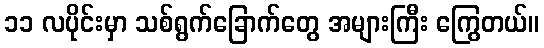
၁၁ လပိုင်းမှာ သစ်ရွက်ခြောက်တွေ အများကြီး ကြွေတယ်။